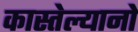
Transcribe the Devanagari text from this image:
कास्तेल्यानो